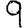
Digit: 9